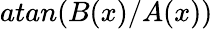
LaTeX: atan(B(x)/A(x))